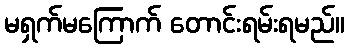
မရှက်မကြောက် တောင်းရမ်းရမည်။